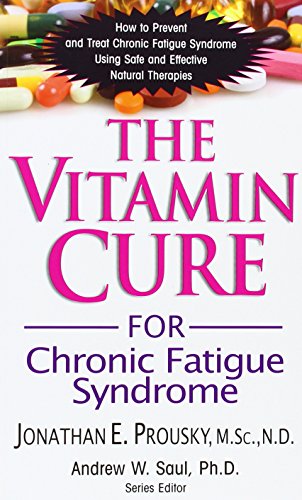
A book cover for The Vitamin Cure for Chronic Fatigue Syndrome: How to Prevent and Treat Chronic Fatigue Syndrome Using Safe and Effective Natural Therapies; Jonathan Prousky; Health, Fitness & Dieting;